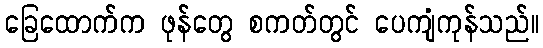
ခြေထောက်က ဖုန်တွေ စကတ်တွင် ပေကျံကုန်သည်။